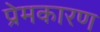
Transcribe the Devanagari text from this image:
प्रेमकारण